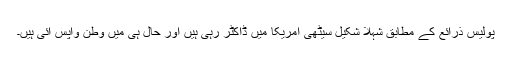
پولیس ذرائع کے مطابق شہلا شکیل سیٹھی امریکا میں ڈاکٹر رہی ہیں اور حال ہی میں وطن واپس آئی ہیں۔